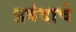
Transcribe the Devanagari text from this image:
प्रबंदाचे